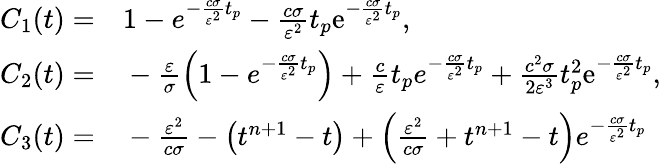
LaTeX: \begin{array}{rl}{C_{1}(t)=}&{{}1-e^{-\frac{c\sigma}{\varepsilon^{2}}t_{p}}-\frac{c\sigma}{\varepsilon^{2}}t_{p}\mathrm{e}^{-\frac{c\sigma}{\varepsilon^{2}}t_{p}},}\\ {C_{2}(t)=}&{{}-\frac{\varepsilon}{\sigma}\left(1-e^{-\frac{c\sigma}{\varepsilon^{2}}t_{p}}\right)+\frac{c}{\varepsilon}t_{p}e^{-\frac{c\sigma}{\varepsilon^{2}}t_{p}}+\frac{c^{2}\sigma}{2\varepsilon^{3}}t_{p}^{2}\mathrm{e}^{-\frac{c\sigma}{\varepsilon^{2}}t_{p}},}\\ {C_{3}(t)=}&{{}-\frac{\varepsilon^{2}}{c\sigma}-\left(t^{n+1}-t\right)+\left(\frac{\varepsilon^{2}}{c\sigma}+t^{n+1}-t\right)e^{-\frac{c\sigma}{\varepsilon^{2}}t_{p}}}\end{array}